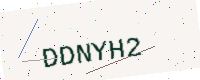
Text: DDNYH2